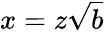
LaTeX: x=z\sqrt{b}